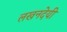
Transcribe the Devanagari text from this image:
लखनदेयी